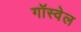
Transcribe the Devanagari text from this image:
गॉस्वेल